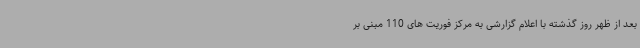
بعد از ظهر روز گذشته با اعلام گزارشی به مرکز فوریت های 110 مبنی بر